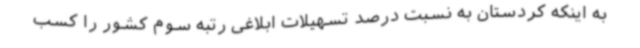
به اینکه کردستان به نسبت درصد تسهیلات ابلاغی رتبه سوم کشور را کسب